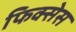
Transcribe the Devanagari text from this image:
फिक्सेस